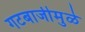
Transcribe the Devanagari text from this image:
गटबाजीमुळे